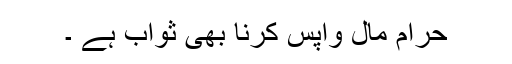
حرام مال واپس کرنا بھی ثواب ہے ۔